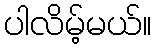
ပါလိမ့်မယ်။